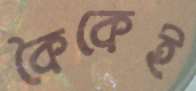
কৈকেই